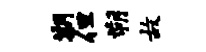
期但朔故